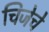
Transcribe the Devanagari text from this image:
चिजेचे